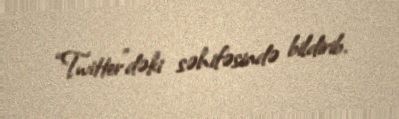
“Twitter”dəki səhifəsində bildirib.